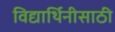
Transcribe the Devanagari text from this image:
विद्यार्थिनीसाठी